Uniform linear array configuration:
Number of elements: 64
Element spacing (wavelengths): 0.75
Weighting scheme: binomial
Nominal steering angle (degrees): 45
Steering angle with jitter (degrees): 46.513
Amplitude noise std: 0.05
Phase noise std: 0.05

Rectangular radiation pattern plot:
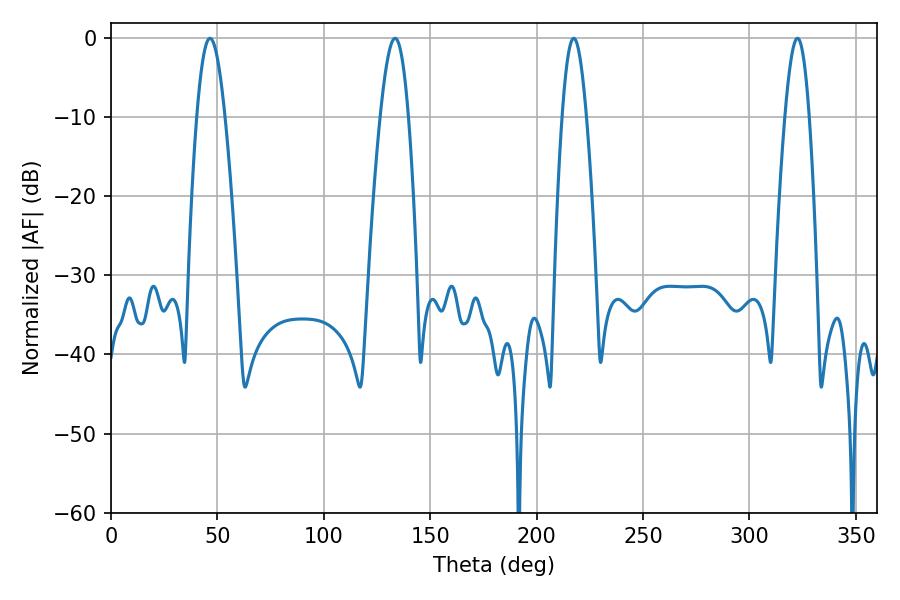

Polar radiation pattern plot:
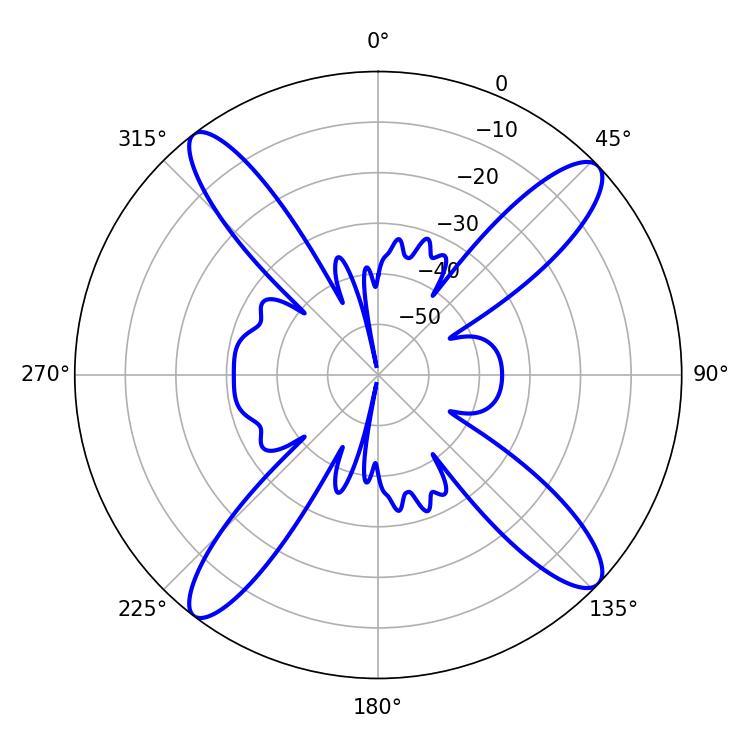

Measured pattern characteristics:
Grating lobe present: TRUE
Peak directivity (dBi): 15.654
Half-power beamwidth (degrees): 6.12
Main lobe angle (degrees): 217.44